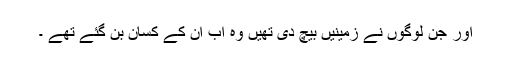
اور جن لوگوں نے زمینیں بیچ دی تھیں وہ اب ان کے کسان بن گئے تھے ۔